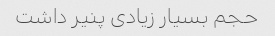
حجم بسیار زیادی پنیر داشت